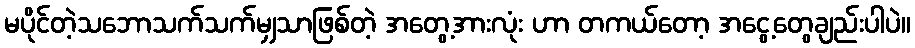
မပိုင်တဲ့သဘောသက်သက်မျှသာဖြစ်တဲ့ အတွေ့အားလုံး ဟာ တကယ်တော့ အငွေ့တွေချည်းပါပဲ။